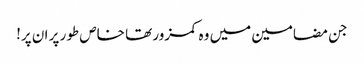
جن مضامین میں وہ کمزور تھا خاص طور پر ان پر!